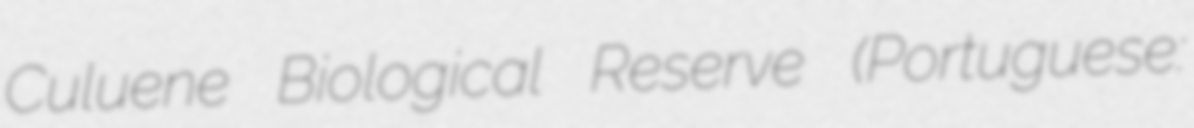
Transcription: Culuene Biological Reserve (Portuguese: